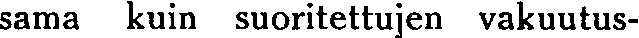
sama kuin suoritettujen vakuutus-